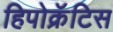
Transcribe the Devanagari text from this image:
हिपोक्रॅटिस